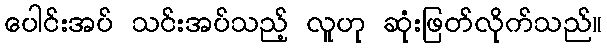
ပေါင်းအပ် သင်းအပ်သည့် လူဟု ဆုံးဖြတ်လိုက်သည်။